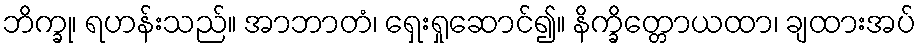
ဘိက္ခု၊ ရဟန်းသည်။ အာဘာတံ၊ ရှေးရှုဆောင်၍။ နိက္ခိတ္တောယထာ၊ ချထားအပ်